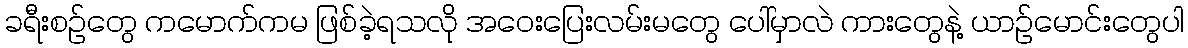
ခရီးစဉ်တွေ ကမောက်ကမ ဖြစ်ခဲ့ရသလို အဝေးပြေးလမ်းမတွေ ပေါ်မှာလဲ ကားတွေနဲ့ ယာဉ်မောင်းတွေပါ